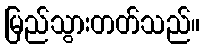
မြည်သွားတတ်သည်။